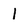
Character: l